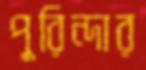
পুরিন্দার